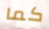
كما